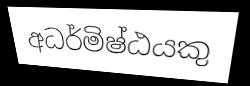
අධර්මිෂ්ඨයකු